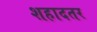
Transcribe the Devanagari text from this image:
शहादतर